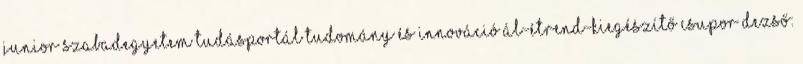
Junior Szabadegyetem Tudásportál Tudomány és Innováció Ál-étrend-kiegészítő Csupor Dezső: